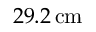
2 9 . 2 \, \mathrm { c m }